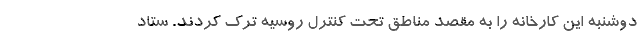
دوشنبه این کارخانه را به مقصد مناطق تحت کنترل روسیه ترک کردند. ستاد